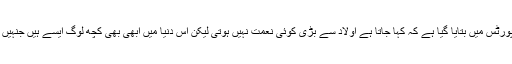
اس حوالے سے میڈیا رپورٹس میں بتایا گیا ہے کہ کہا جاتا ہے اولاد سے بڑی کوئی نعمت نہیں ہوتی لیکن اس دنیا میں ابھی بھی کچھ لوگ ایسے ہیں جنہیں اس نعمت کی قدر نہیں۔